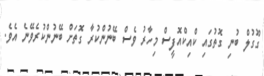
ގޫގުލް ބުނި ގޮތުގައި ކްއިކްއޮފީސް މިހާރު ވެސް ބޭނުންކުރާ ގޮތަށް ބޭނުންކުރެވޭނެ އެވެ.